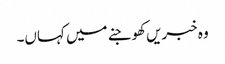
وہ خبریں کھوجنے میں کہاں۔